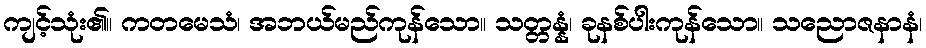
ကျင့်သုံး၏။ ကတမေသံ၊ အဘယ်မည်ကုန်သော။ သတ္တန္နံ၊ ခုနစ်ပါးကုန်သော။ သညောဇနာနံ၊